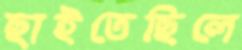
ছাইতেছিলে